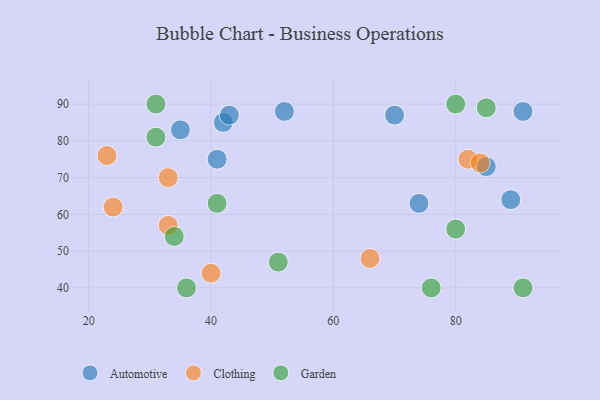
{"axis": {"x": "GDP", "y": "Life Expectancy"}, "legend": ["Automotive", "Clothing", "Garden"], "data": [{"x": "85", "y": 73, "type": "Automotive"}, {"x": "41", "y": 75, "type": "Automotive"}, {"x": "89", "y": 64, "type": "Automotive"}, {"x": "35", "y": 83, "type": "Automotive"}, {"x": "42", "y": 85, "type": "Automotive"}, {"x": "74", "y": 63, "type": "Automotive"}, {"x": "43", "y": 87, "type": "Automotive"}, {"x": "91", "y": 88, "type": "Automotive"}, {"x": "70", "y": 87, "type": "Automotive"}, {"x": "52", "y": 88, "type": "Automotive"}, {"x": "82", "y": 75, "type": "Clothing"}, {"x": "23", "y": 76, "type": "Clothing"}, {"x": "66", "y": 48, "type": "Clothing"}, {"x": "40", "y": 44, "type": "Clothing"}, {"x": "33", "y": 70, "type": "Clothing"}, {"x": "84", "y": 74, "type": "Clothing"}, {"x": "33", "y": 57, "type": "Clothing"}, {"x": "24", "y": 62, "type": "Clothing"}, {"x": "51", "y": 47, "type": "Garden"}, {"x": "34", "y": 54, "type": "Garden"}, {"x": "31", "y": 90, "type": "Garden"}, {"x": "31", "y": 81, "type": "Garden"}, {"x": "91", "y": 40, "type": "Garden"}, {"x": "80", "y": 90, "type": "Garden"}, {"x": "36", "y": 40, "type": "Garden"}, {"x": "41", "y": 63, "type": "Garden"}, {"x": "80", "y": 56, "type": "Garden"}, {"x": "85", "y": 89, "type": "Garden"}, {"x": "76", "y": 40, "type": "Garden"}]}